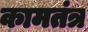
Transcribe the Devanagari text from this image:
कामतंत्र